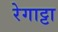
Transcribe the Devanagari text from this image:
रेगाट्टा